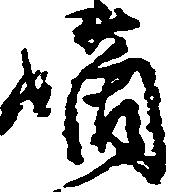
嫡